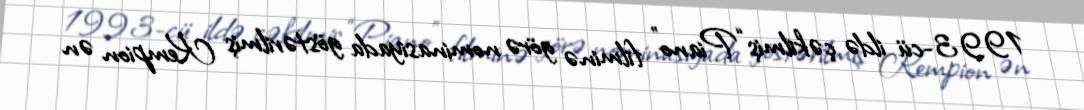
1993-cü ildə çəkilmiş “Piano” filminə görə nominasiyada göstərilmiş Kempion ən